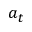
a _ { t }